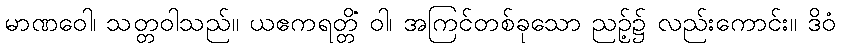
မာဏဝေါ၊ သတ္တဝါသည်။ ယဧကရတ္တိံ ဝါ၊ အကြင်တစ်ခုသော ညဉ့်၌ လည်းကောင်း။ ဒိဝံ